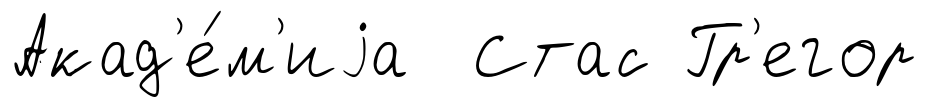
Акад'е́м'иjа Стас Гр'егор